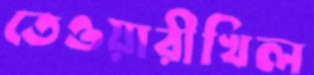
তেওয়ারীখিল